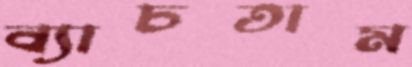
ব্যাচতাম